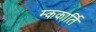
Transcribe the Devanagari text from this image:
म्ककार्ति